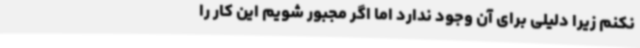
نکنم زیرا دلیلی برای آن وجود ندارد اما اگر مجبور شویم این کار را